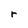
Character: r